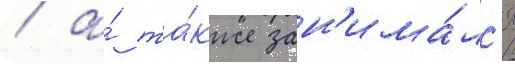
/ а́ та́кже зан'има́лс'я